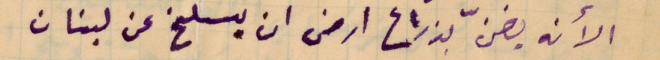
الأنه يضنّ بذراع ارض ان يسلخ عن لبنان